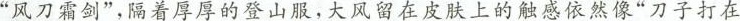
”风刀霜剑”，隔着厚厚的登山服，大风留在皮肤上的触感依然像”刀子打在